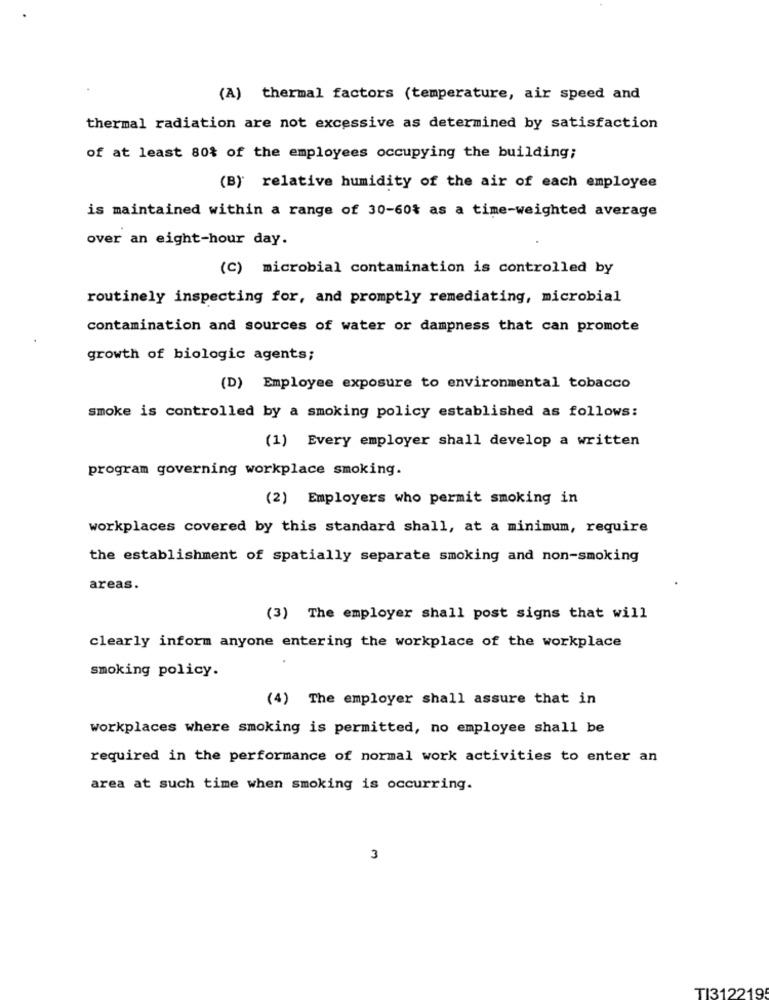
(A) thermal factors (temperature, air speed and
thermal radiation are not excessive as determined by satisfaction
of at least 80% of the employees occupying the building;
(B) relative humidity of the air of each employee
is maintained within a range of 30-60% as a time-weighted average
over an eight-hour day.
(C) microbial contamination is controlled by
routinely inspecting for, and promptly remediating, microbial
contamination and sources of water or dampness that can promote
growth of biologic agents;
(D) Employee exposure to environmental tobacco
smoke is controlled by a smoking policy established as follows:
(1) Every employer shall develop a written
program governing workplace smoking.
(2) Employers who permit smoking in
workplaces covered by this standard shall, at a minimum, require
the establishment of spatially separate smoking and non-smoking
areas.
(3) The employer shall post signs that will
clearly inform anyone entering the workplace of the workplace
smoking policy.
(4) The employer shall assure that in
workplaces where smoking is permitted, no employee shall be
required in the performance of normal work activities to enter an
area at such time when smoking is occurring.
3
TI312219